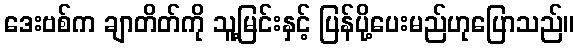
ဒေးဗစ်က ချာတိတ်ကို သူ့မြင်းနှင့် ပြန်ပို့ပေးမည်ဟုပြောသည်။